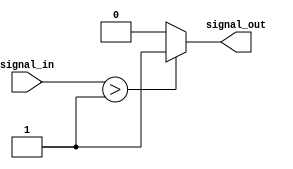
module schmitt_trigger (
    input wire signal_in,
    output reg signal_out
);

parameter VDD = 1.8;
parameter VSS = 0;

reg prev_signal;
reg hysteresis_level = 0;

always @ (signal_in) begin
    if (signal_in > hysteresis_level) begin
        signal_out <= 1;
        hysteresis_level <= VDD * 0.7;
    end else begin
        signal_out <= 0;
        hysteresis_level <= VDD * 0.3;
    end
end

endmodule